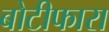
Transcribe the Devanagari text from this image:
बोटीफारा